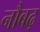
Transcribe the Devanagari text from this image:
नौबढ़